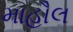
માહૌલ